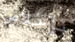
بإخلاص